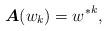
LaTeX: \begin{align*}\boldsymbol{A}(w_k)={w^*}^k,\end{align*}